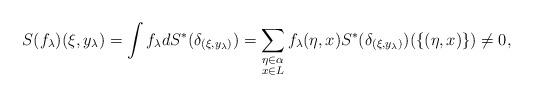
LaTeX: \begin{align*}S (f_{\lambda})(\xi,y_{\lambda})=\int f_{\lambda} dS^*(\delta_{(\xi,y_{\lambda})}) =\sum_{\substack{\eta\in \alpha\\ x\in L}} f_{\lambda}(\eta,x)S^*(\delta_{(\xi,y_{\lambda})})(\{(\eta,x)\})\neq 0,\end{align*}